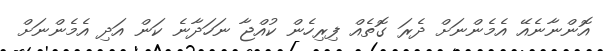
އޮންނާނެއޭ އެމެންނަށް ދެރަ ގޮތެއް ފިިރިހެން ކުއްޖާ ނަހަދާނެ ކަން އަދި އެމެންނަށް